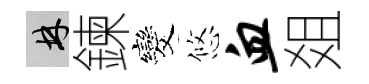
林鍊发悠血爼